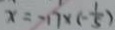
x = 1 7 \times ( - \frac { 1 } { 5 } )